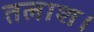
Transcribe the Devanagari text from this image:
तलाश।